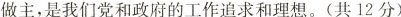
做主，是我们党和政府的工作追求和理想。(共12分)